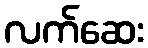
လက်ဆေး